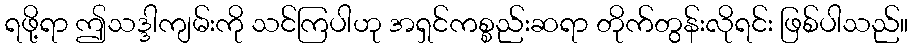
ရဖို့ရာ ဤသဒ္ဒါကျမ်းကို သင်ကြပါဟု အရှင်ကစ္စည်းဆရာ တိုက်တွန်းလိုရင်း ဖြစ်ပါသည်။